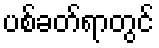
ပစ်ခတ်ရာတွင်